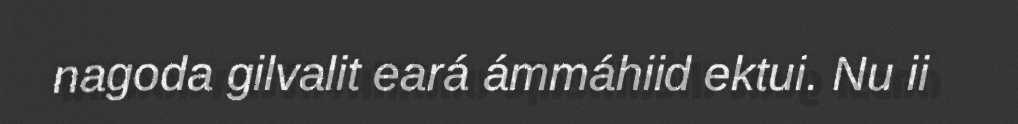
nagoda gilvalit eará ámmáhiid ektui. Nu ii